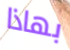
بهاذا